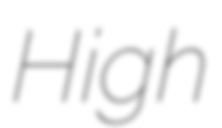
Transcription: High